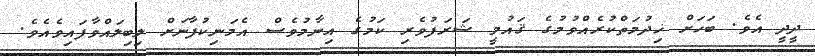
ދީދީ އެވެ. ބަހަށް ޚިދުމަތްކުރެއްވުމުގެ ޤައުމީ ޝަރަފުވެރި ކަމުގެ އިނާމުވެސް އެމަނިކުފާނަށް ލިބިލައްވާފައިވެއެވެ.